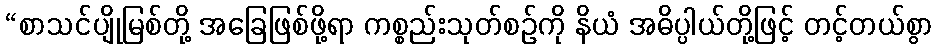
“စာသင်ပျိုမြစ်တို့ အခြေဖြစ်ဖို့ရာ ကစ္စည်းသုတ်စဉ်ကို နိယံ အဓိပ္ပါယ်တို့ဖြင့် တင့်တယ်စွာ